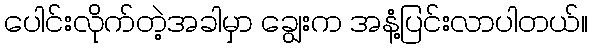
ပေါင်းလိုက်တဲ့အခါမှာ ချွေးက အနံ့ပြင်းလာပါတယ်။